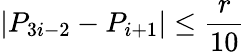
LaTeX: |P_{3i-2}-P_{i+1}|\leq\frac{r}{10}